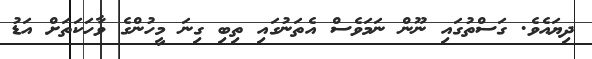
ދިޔައެވެ. ގަސްތުގައި ނޫން ނަމަވެސް އެތަނުގައި ތިބި ގިނަ މީހުންގެ ވާހަކަތަށް އަޑު